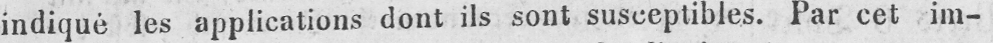
indiqué les applications dont ils sont susceptibles. Par cet im-